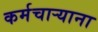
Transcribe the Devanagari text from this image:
कर्मचार्‍याना